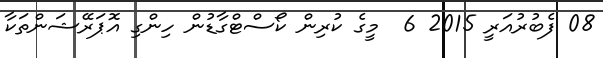
08 ފެބުރުއަރީ 2015 6  މީގެ ކުރިން ކޯސްޓްގާޑުން ހިންގި އޮޕަރޭޝަންތަކާ